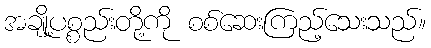
အချို့ပစ္စည်းတို့ကို စစ်ဆေးကြည့်သေးသည်။